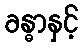
ခန္ဓာနှင့်